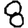
Digit: 8